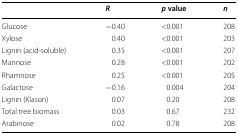
<table><thead><tr><td></td><td><b><i>R</i></b></td><td><b><i>p</i> value</b></td><td><b><i>n</i></b></td></tr></thead><tbody><tr><td>Glucose</td><td>−0.40</td><td>&lt;0.001</td><td>208</td></tr><tr><td>Xylose</td><td>0.40</td><td>&lt;0.001</td><td>203</td></tr><tr><td>Lignin (acid-soluble)</td><td>0.35</td><td>&lt;0.001</td><td>207</td></tr><tr><td>Mannose</td><td>0.28</td><td>&lt;0.001</td><td>202</td></tr><tr><td>Rhamnose</td><td>0.25</td><td>&lt;0.001</td><td>205</td></tr><tr><td>Galactose</td><td>−0.16</td><td>0.004</td><td>204</td></tr><tr><td>Lignin (Klason)</td><td>0.07</td><td>0.20</td><td>208</td></tr><tr><td>Total tree biomass</td><td>0.03</td><td>0.67</td><td>232</td></tr><tr><td>Arabinose</td><td>0.02</td><td>0.78</td><td>208</td></tr></tbody></table>